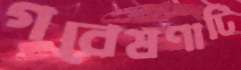
গবেষণাটি